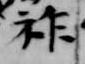
祚